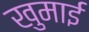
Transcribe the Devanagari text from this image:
खुमाई